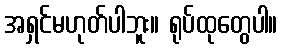
အရှင်မဟုတ်ပါဘူး။ ရုပ်ထုတွေပါ။